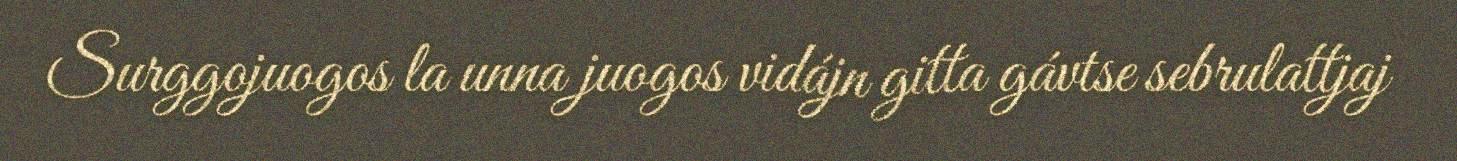
Surggojuogos la unna juogos vidájn gitta gávtse sebrulattjaj